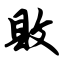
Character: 败